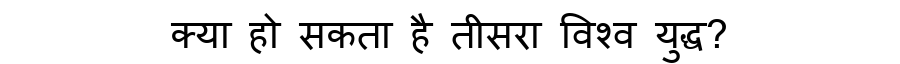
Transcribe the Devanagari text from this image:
क्या हो सकता है तीसरा विश्व युद्ध?